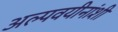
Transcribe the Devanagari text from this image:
अल्पवयीनांशी